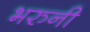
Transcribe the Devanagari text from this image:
भरुनी